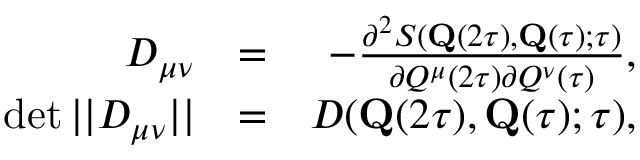
\begin{array} { r l r } { D _ { \mu \nu } } & { = } & { - \frac { \partial ^ { 2 } S ( \mathbf { Q } ( 2 \tau ) , \mathbf { Q } ( \tau ) ; \tau ) } { \partial { Q } ^ { \mu } ( 2 \tau ) \partial { Q } ^ { \nu } ( \tau ) } , } \\ { \operatorname* { d e t } | | D _ { \mu \nu } | | } & { = } & { D ( \mathbf { Q } ( 2 \tau ) , \mathbf { Q } ( \tau ) ; \tau ) , } \end{array}